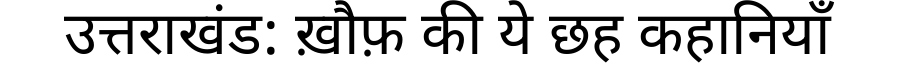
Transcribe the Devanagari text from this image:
उत्तराखंड: ख़ौफ़ की ये छह कहानियाँ